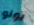
بونو